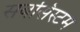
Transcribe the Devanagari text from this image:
सबसिस्टम